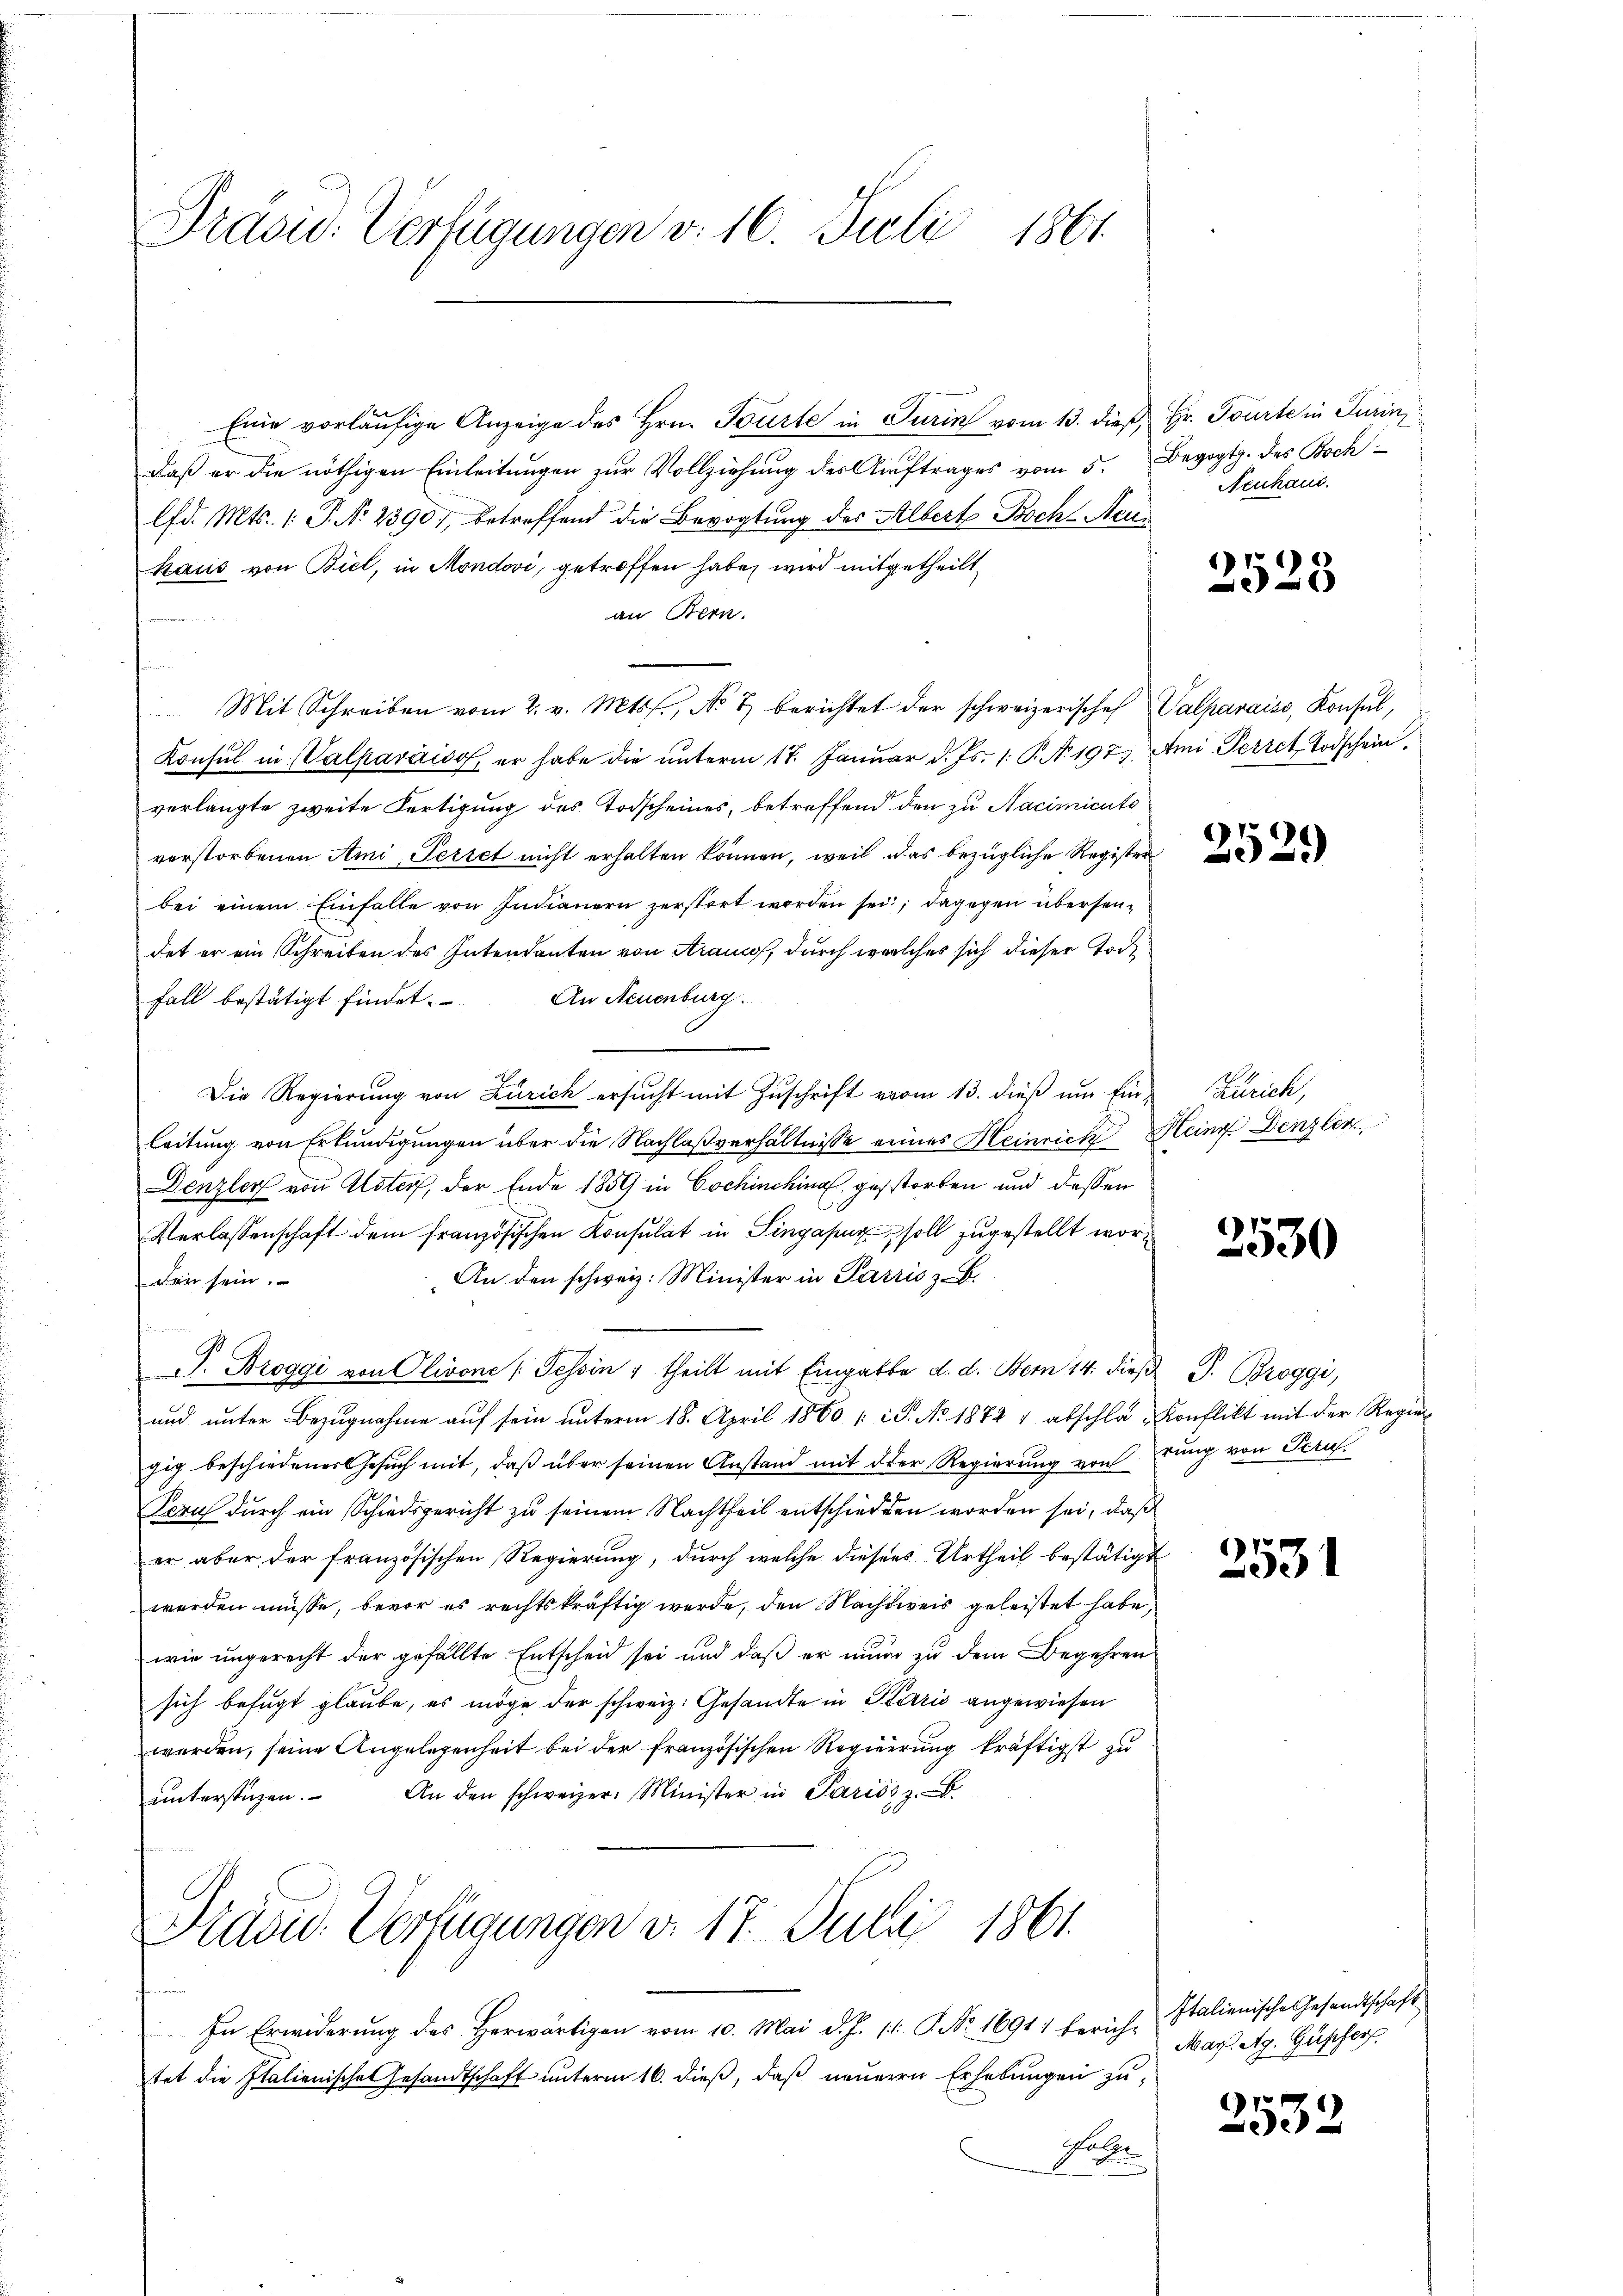
Präsid. Verfügungen v. 16. Juli 1861.

Eine vorläufige Anzeige des Hrn. Tourte in Turin vom 13. dieß, Hr. Tourte in Turin,
daß er die nöthigen Einleitungen zur Vollziehung der Auftrages vom 5. Begogtp. des Bochlfd. Mts. 1. P. Nr. 2390), betreffend die Bevogtung des Alberts Boch-Neukaus von Biel, in Mondovi, getroffen habe, wird mitgetheilt,
an Bern.
Mit Schreiben vom 2. v. Mts., No 7 berichtet der schweizerischef Valparais, Konsul,
Konsul in (Valparaiso er habe die unterm 17. Januar d. Js. 1. P. N. 197). Ami Perret Todschein
verlangte zweite Fertigung des Todscheines, betreffend den zu Nacimicits
verstorbenen Ami Periet nicht erhalten können, weil das bezügliche Register
bei einem Einfalle von Indianern zerstört worden sei; dagegen übersen-
det er ein Schreiben des Intendanten von Araus, durch welches sich dieser Tocht
Fall bestätigt findet. An Neuenburg.
Die Regierung von Zürich ersŭcht mit Zŭschrift vom 13. dieß um Ein-Zürich,
leitung von Erkundigungen über die Nachlaßverhältnisse eines Heinrich Heinr. Denzler
Denzler von Alster, der Ende 1859 in Cochinchina gestorben und dessen
Verlassenschaft dem französischen Konsulat in Singasur soll zugestellt wor¬
An den schweiz. Minister in Parris z. B.
den sein.
P. Broggi von Olivone /: Tessin 1 theilt mit Eingabte d. d. Bern 14. dieβ P. Broggi,
ŭnd ŭnter Bezŭgnahme aŭf sein ŭnterm 18. April 1860 / P. No 1872  abschla-Konflikt mit der Regiegig beschiedener Gesuch mit, daß über seinen Anstand mit der Regierung von
Terus durch ein Schiedsgericht zu seinem Nachtheil entschieden worden sei, daß
er aber der französischen Regierung, durch welche dieses Urtheil bestätigt
werden müsse, bevor es rechtskräftig werde, den Nachdreis geleistet habe,
wie ungerecht der gefällte Entscheid sei und daß er nun zu dem Begehren
sich befugt glaube, es möge der schweiz. Gesandte in Karis angewiesen
werden, seine Angelegenheit bei der französischen Regierung kräftigst zu
ŭnterstüzen. An den schweizer. Minister in Pariss z. B.

Präsid. Verfügungen v. 17. Julii 1861.

In Erwiderŭng des herwärtigen vom 10. Mai d. J. 11. No. 16917 berich Italienische Gesandtschaft
tet die Italienische Gesandtschaft unterm 16. dieß, daß neuern Erhebungen zu¬
Galer

Neuhau

2523

2529

2530

rung von Perus.

670
.

Mart. Ag. Güpfer

2532